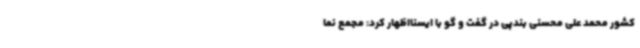
کشور محمد علی محسنی بندپی در گفت و گو با ایسنااظهار کرد: مجمع نما